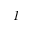
I